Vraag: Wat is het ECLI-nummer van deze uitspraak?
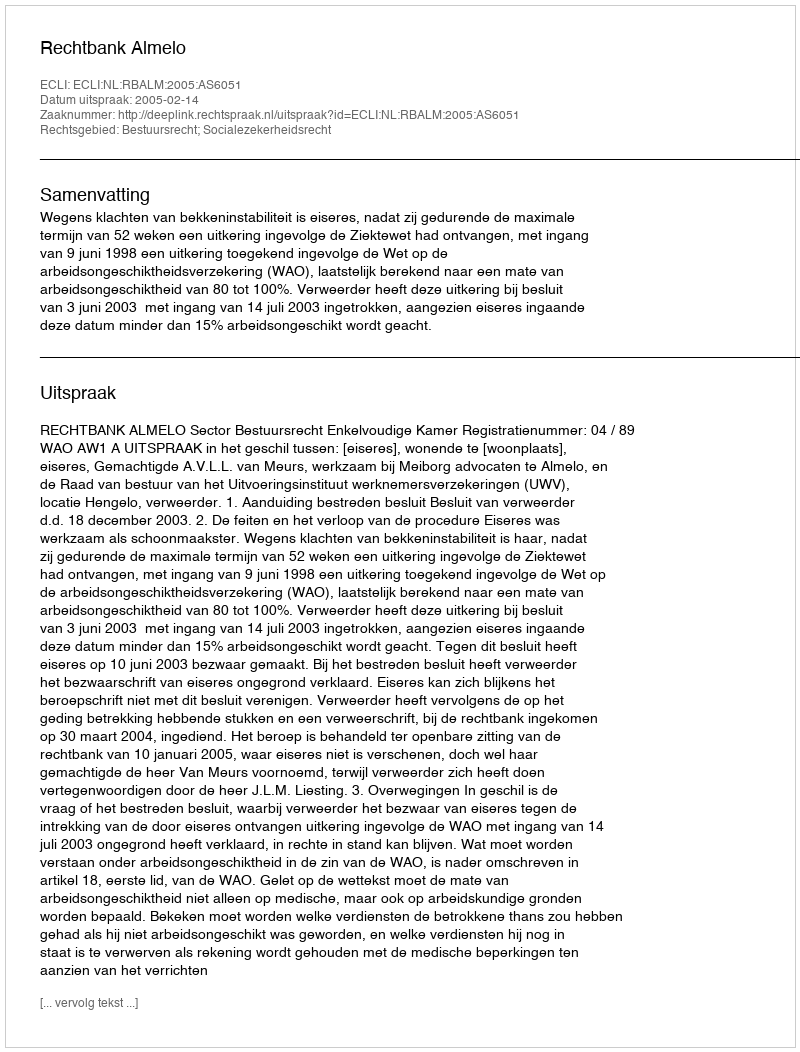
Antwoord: ECLI:NL:RBALM:2005:AS6051